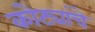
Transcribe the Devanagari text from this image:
कोट्यांचे